Vaccination report Assam 1896-1927 - 1896-1927
Year: 1896
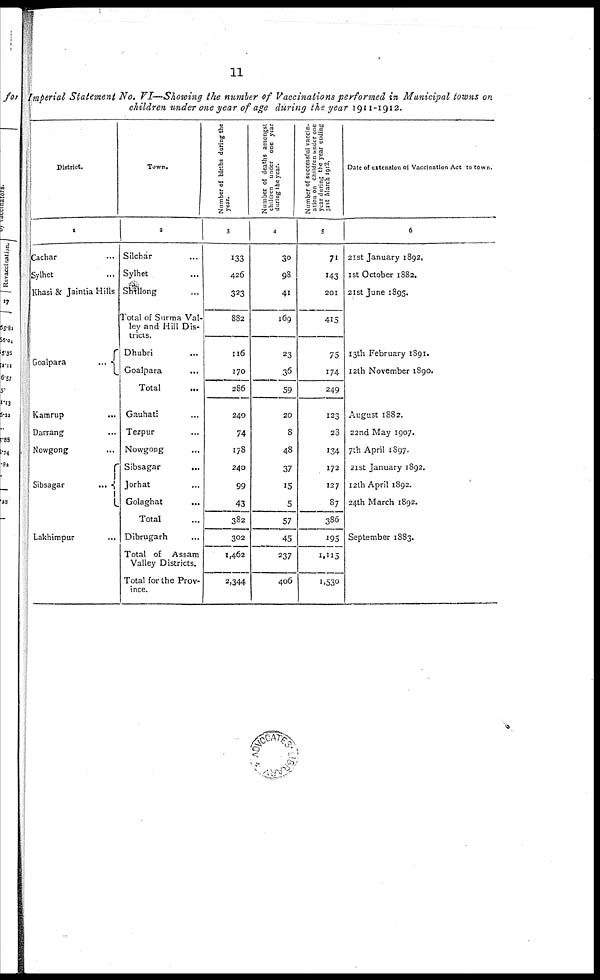
11
Imperial Statement No. VI—Showing the number of Vaccinations performed in Municipal towns on
children under one year of age during the year 1911-1912.
District.
1
Cachar ...
Sylhet ...
Khasi & Jaintia Hills
Goalpara
...
Kamrup ...
Darrang ...
Nowgong ...
Sibsagar
...
Lakhimpur ...
Town.
2
Silchar ...
Sylhet ...
Shillong ...
Total of Surma Val-
ley and Hill Dis-
tricts.
Dhubri ...
Goalpara
...
Total
...
Gauhati ...
Tezpur ...
Nowgong ...
Sibsagar ...
Jorhat ...
Golaghat ...
Total
Dibrugarh
Total of
Assam
Valley Districts.
Total for the Prov-
ince.
Number of births during the
year.
3
133
426
323
882
116
170
286
240
74
178
240
99
43
382
302
1,462
2,344
Number of deaths amongst
children under one year
during the year.
4
30
98
41
169
23
36
59
20
8
48
37
15
5
57
45
237
406
Number of successful vaccin-
ation on children under one
year during the year during
31st March 1912.
5
71
143
201
415
75
174
249
123
23
134
172
127
87
386
195
1,115
1,530
Date of extension of Vaccination Act to town.
6
21st January 1892.
1st October 1882.
21st June 1895.
13th February 1891.
12th November 1890.
August 1882.
22nd May 1907.
7th April 1897.
21st January 1892.
12th April 1892.
24th March 1892.
September 1883.